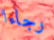
رجاءا